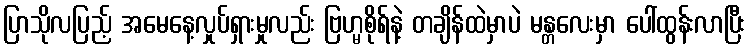
ပြာသိုလပြည့် အမေနေ့လှုပ်ရှားမှုလည်း ဗြဟ္မစိုရ်နဲ့ တချိန်ထဲမှာပဲ မန္တလေးမှာ ပေါ်ထွန်းလာပြီး